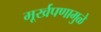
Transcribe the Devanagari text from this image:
मूर्खपणामुळे